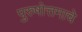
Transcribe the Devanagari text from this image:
पुरुषोत्तमाचे